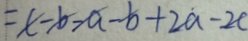
= c - b - a - b + 2 a - 2 c